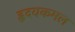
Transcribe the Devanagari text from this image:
हृदयकमल